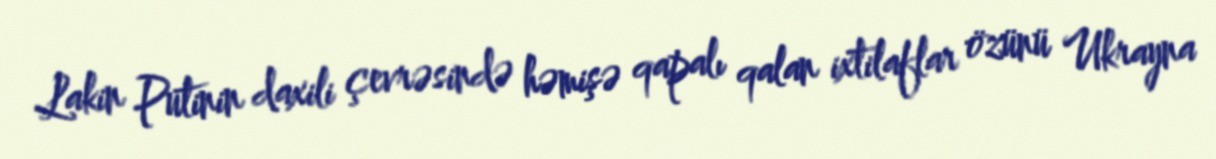
Lakin Putinin daxili çevrəsində həmişə qapalı qalan ixtilaflar özünü Ukrayna